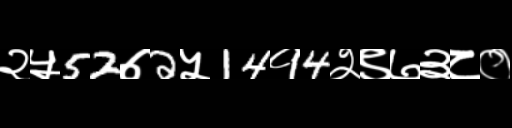
Text: २५52७2५14१4२९७३८०